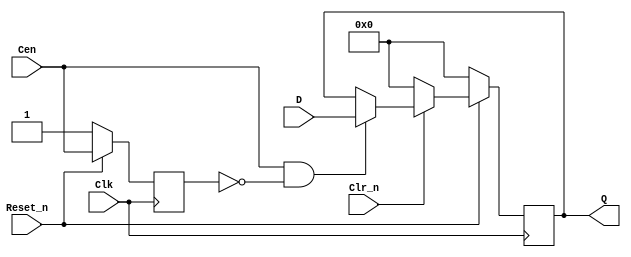
//ttl_74174_sync.v
// Hex D flip-flop with reset; positive-edge-triggered
`default_nettype none
`timescale 1ns/1ps

module ttl_74174_sync
( 
    input wire Reset_n,
    input wire Clk,
    //(*direct_enable*) input wire Cen,
    input wire Cen,
    input wire Clr_n,
    input wire [5:0] D,
    output wire [5:0] Q
);
    //------------------------------------------------//
    reg [5:0] Q_current;
    reg last_cen;

    initial Q_current = 6'h00; //supposition
    always @(posedge Clk)
    begin
        if (!Reset_n) begin
            Q_current = 6'h00;
            last_cen <= 1'b1;
        end
        else begin
            last_cen <= Cen;

            if (!Clr_n)
                Q_current <= 6'h00;
            else
            if (Cen && !last_cen) //detect rising edge of Cen
            begin
                Q_current <= D;
            end
            else begin
                Q_current <= Q_current;
            end
        end
    end
    //------------------------------------------------//
    assign Q = Q_current;
endmodule